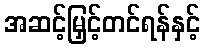
အဆင့်မြှင့်တင်ရန်နှင့်